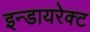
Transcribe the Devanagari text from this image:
इन्डायरेक्ट